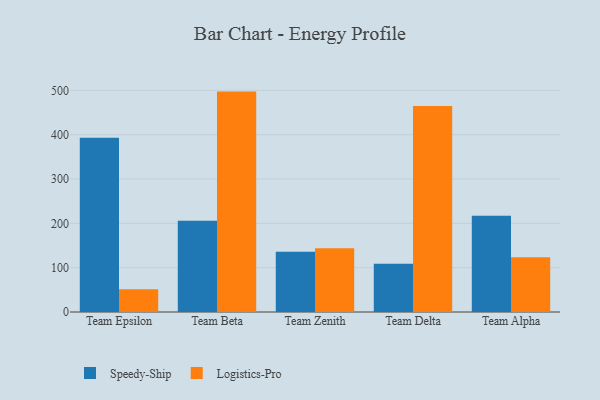
{"axis": {"x": "Team", "y": "Satisfaction Score"}, "legend": ["Logistics-Pro", "Speedy-Ship"], "data": [{"x": "Team Epsilon", "y": 393.3, "type": "Speedy-Ship"}, {"x": "Team Epsilon", "y": 51.4, "type": "Logistics-Pro"}, {"x": "Team Beta", "y": 205.8, "type": "Speedy-Ship"}, {"x": "Team Beta", "y": 497.2, "type": "Logistics-Pro"}, {"x": "Team Zenith", "y": 135.8, "type": "Speedy-Ship"}, {"x": "Team Zenith", "y": 143.8, "type": "Logistics-Pro"}, {"x": "Team Delta", "y": 108.9, "type": "Speedy-Ship"}, {"x": "Team Delta", "y": 464.8, "type": "Logistics-Pro"}, {"x": "Team Alpha", "y": 217.0, "type": "Speedy-Ship"}, {"x": "Team Alpha", "y": 123.7, "type": "Logistics-Pro"}]}